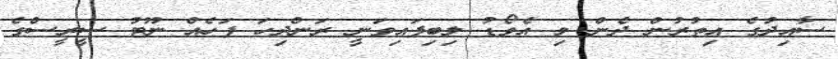
ސާއިދުގެ އިތުރުން ދެން މި އެވޯޑު ލިބިފައިވަނީ ރަންދިހަ ފަހެއް ނޫޓު ސީރީސްގެ